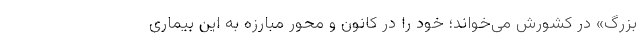
بزرگ» در کشورش می‌خواند؛ خود را در کانون و محور مبارزه به این بیماری